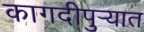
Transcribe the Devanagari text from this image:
कागदीपुर्‍यात